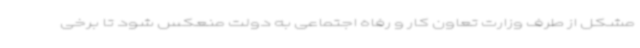
مشکل از طرف وزارت تعاون کار و رفاه اجتماعی به دولت منعکس شود تا برخی